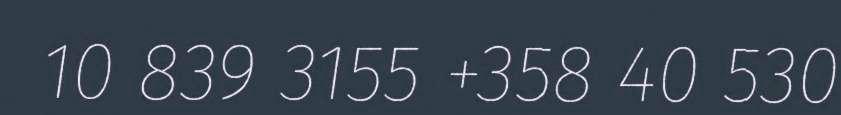
10 839 3155 +358 40 530